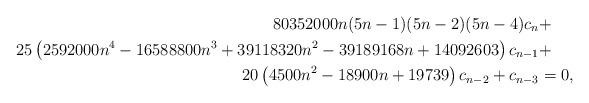
LaTeX: \begin{align*}80352000 n(5 n-1)(5 n-2)(5 n-4) c_{n} & +\\ 25\left(2592000 n^{4}-16588800 n^{3}+39118320 n^{2}-39189168 n+14092603\right) c_{n-1}&+ \\20\left(4500 n^{2}-18900 n+19739\right) c_{n-2} + c_{n-3} & = 0, \end{align*}